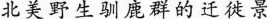
北美野生驯鹿群的迁徙景